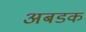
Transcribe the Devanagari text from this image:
अबडक